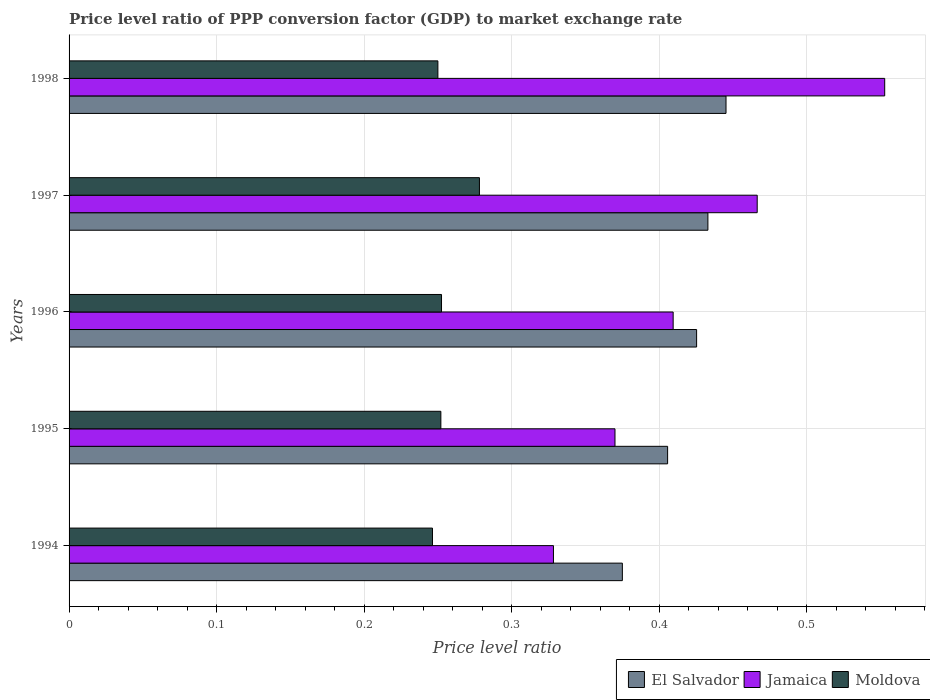
| Years | El Salvador | Jamaica | Moldova |
 | --- | --- | --- | --- |
 | 1994 | 0.375 | 0.328 | 0.246 |
 | 1995 | 0.406 | 0.37 | 0.252 |
 | 1996 | 0.425 | 0.409 | 0.252 |
 | 1997 | 0.433 | 0.466 | 0.278 |
 | 1998 | 0.445 | 0.553 | 0.25 |